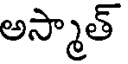
అస్మాత్